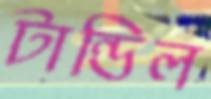
টান্ডিল